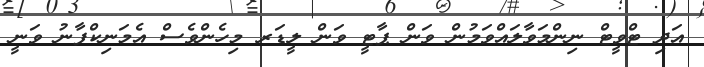
އަދި ޓްވީޓް ނިންމަވާލައްވަމުން ވަން ޕާޓީ ވަން ލީޑަރ މިހެންވެސް އެމަނިކްފާނު ވަނީ